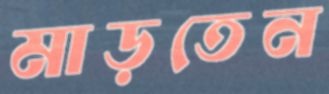
মাড়তেন